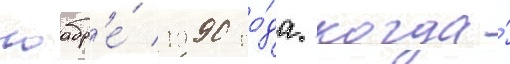
ноабр'е́ 1990 го́да. когда́